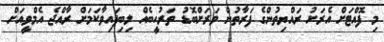
މި ފޮއްޓަށް އެރަށު ރައްޔިތުންގެ ފަރާތުން ވަރަށްބޮޑު ތަރުހީބެއް ލިބިފައިވާކަމަށް ރާއްޖެ އެމްވީއަށް